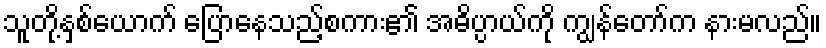
သူတို့နှစ်ယောက် ပြောနေသည့်စကား၏ အဓိပ္ပာယ်ကို ကျွန်တော်က နားမလည်။